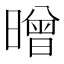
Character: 㬝